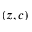
( z , c )